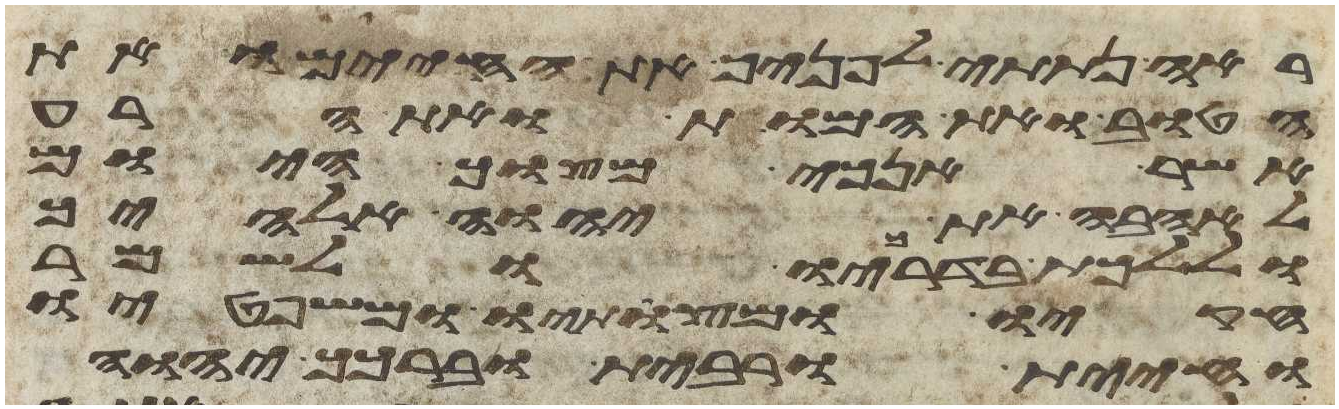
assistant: ראה נתתי לפניך את החיים ואת
הטוב ואת המות ואת הרע
אשר אנכי מצוך היום
לאהבה את יהוה אלהיך
וללכת בדרכיו ולשמר
חקיו ומצותיו ומשפטיו
וחיית ורבית וברכך יהוה